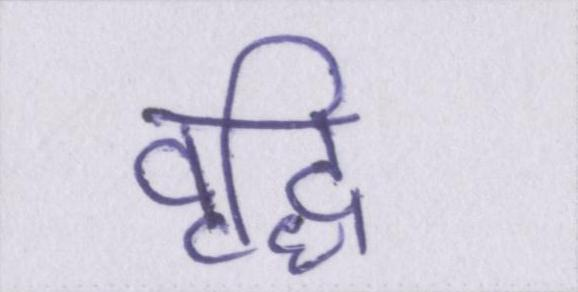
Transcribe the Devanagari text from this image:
वृद्धि